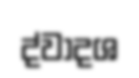
ද්වාදශ